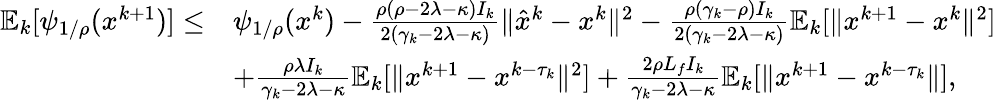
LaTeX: \begin{array}{rl}{\mathbb{E}_{k}[\psi_{1/\rho}(x^{k+1})]\leq}&{\psi_{1/\rho}(x^{k})-\frac{\rho(\rho-2\lambda-\kappa)I_{k}}{2(\gamma_{k}-2\lambda-\kappa)}\| \hat{x}^{k}-x^{k}\| ^{2}-\frac{\rho(\gamma_{k}-\rho)I_{k}}{2(\gamma_{k}-2\lambda-\kappa)}\mathbb{E}_{k}[\| x^{k+1}-x^{k}\| ^{2}]}\\ &{+\frac{\rho\lambda I_{k}}{\gamma_{k}-2\lambda-\kappa}\mathbb{E}_{k}[\| x^{k+1}-x^{k-\tau_{k}}\| ^{2}]+\frac{2\rho L_{f}I_{k}}{\gamma_{k}-2\lambda-\kappa}\mathbb{E}_{k}[\| x^{k+1}-x^{k-\tau_{k}}\| ],}\end{array}